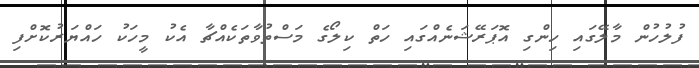
ފުލުހުން މާލޭގައި ހިންގި އޮޕަރޭޝަނެއްގައި ހަތް ކިލޯގެ މަސްތުވާތަކެއްޗާ އެކު މީހަކު ހައްޔަރުކޮށްފި